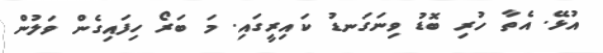
އުޅޭ. އެތާ ހުރި ބޮޑު ވިނަގަނޑު ކައިރީގައި. މަ ބަރޯ ހިފައިގެން ވަލުން